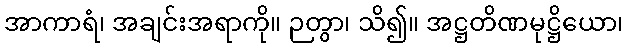
အာကာရံ၊ အချင်းအရာကို။ ဉတွာ၊ သိ၍။ အဋ္ဌတိဏမုဋ္ဌိယော၊